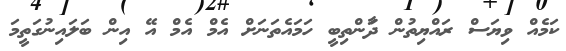
ކަމެއް ވިޔަސް ރައްޔިތުން ދަާންތިބީ ހަމައެތަނަށް އެމް އެމް އޭ އިން ބަލައިނުގަތީމަ